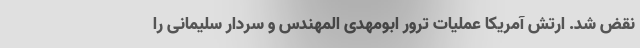
نقض شد. ارتش آمریکا عملیات ترور ابومهدی المهندس و سردار سلیمانی را